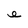
Character: e